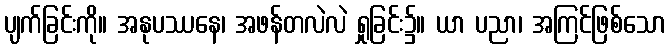
ပျက်ခြင်းကို။ အနုပဿနေ၊ အဖန်တလဲလဲ ရှုခြင်း၌။ ယာ ပညာ၊ အကြင်ဖြစ်သော